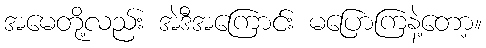
အမေတို့လည်း အဲဒီအကြောင်း မပြောကြနဲ့တော့။